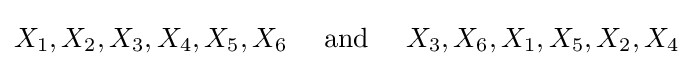
X_{1},X_{2},X_{3},X_{4},X_{5},X_{6}\quad {\text{ and }}\quad X_{3},X_{6},X_{1},X_{5},X_{2},X_{4}